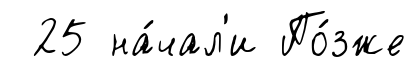
25 на́чал'и По́зже